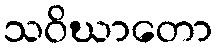
သဝိဃာတော